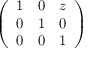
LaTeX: \left( \begin{array} { l l l } { 1 } & { 0 } & { z } \\ { 0 } & { 1 } & { 0 } \\ { 0 } & { 0 } & { 1 } \end{array} \right)